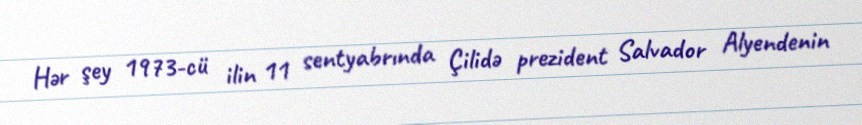
Hər şey 1973-cü ilin 11 sentyabrında Çilidə prezident Salvador Alyendenin